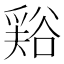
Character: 𧮾